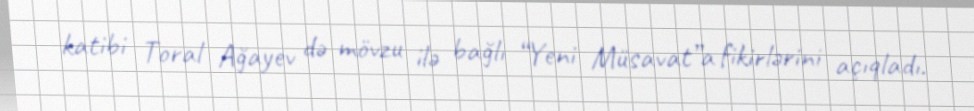
katibi Toral Ağayev də mövzu ilə bağlı “Yeni Müsavat”a fikirlərini açıqladı.